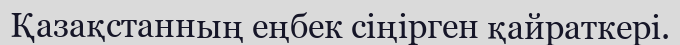
Қазақстанның еңбек сіңірген қайраткері.